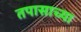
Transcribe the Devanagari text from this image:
तपासाच्या